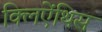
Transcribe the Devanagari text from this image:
क्लिऐंथिस